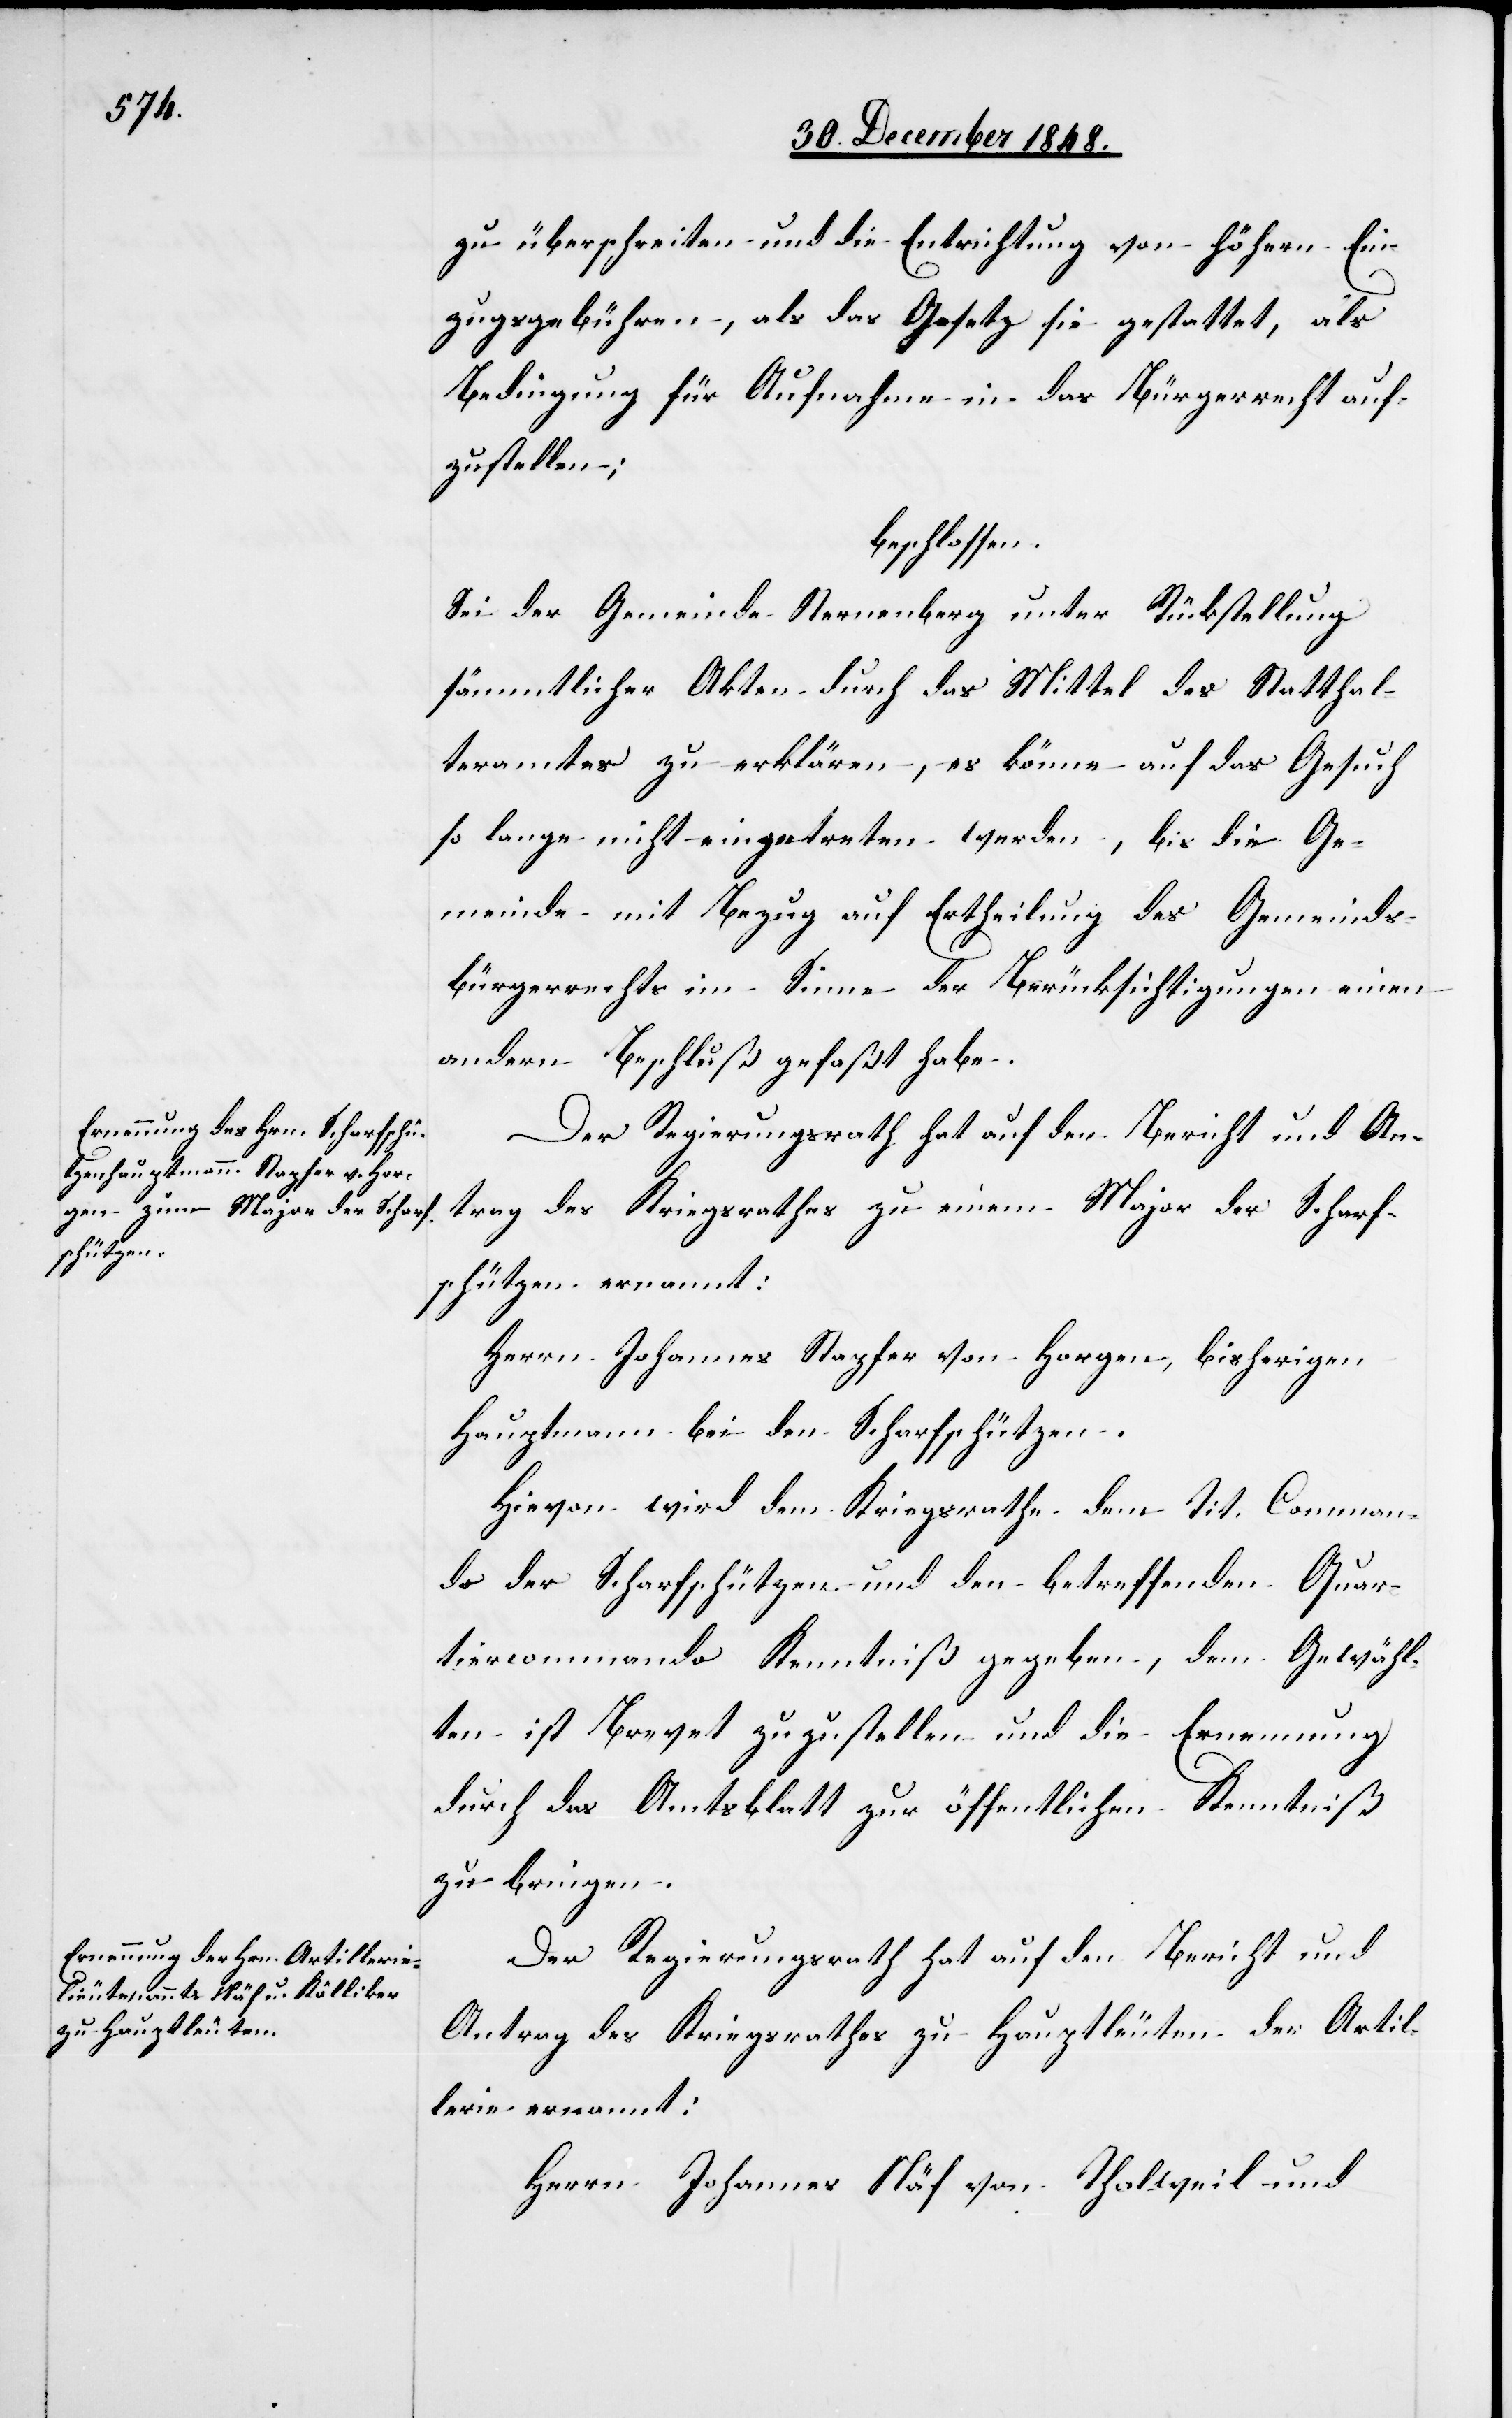
zu überschreiten und die Entrichtung von höhern Ein¬
zugsgebühren, als das Gesetz sie gestattet, als
Bedingung für Aufnahme in das Bürgerrecht auf¬
zustellen;
beschlossen:
Sei der Gemeinde Sternenberg unter Rückstellung
sämmtlicher Akten durch das Mittel des Statthal¬
teramtes zu erklären, es könne auf das Gesuch
so lange nicht eingetreten werden, bis die Ge¬
meinde mit Bezug auf Ertheilung des Gemeinds¬
bürgerrechts im Sinne der Berücksichtigungen einen
andern Beschluß gefaßt habe.
Der Regierungsrath hat auf den Bericht und An¬
trag des Kriegsrathes zu einem Major der Scharf¬
schützen ernannt:
Herrn Johannes Stapfer von Horgen, bisherigen
Hauptmann bei den Scharfschützen.
Hievon wird dem Kriegsrathe dem Tit. Comman¬
do der Scharfschützen und den betreffenden Quar¬
tiercommando Kenntniß gegeben, dem Gewähl¬
ten ist Brevet zuzustellen und die Ernennung
durch das Amtsblatt zur öffentlichen Kenntniß
zu bringen.
Der Regierungsrath hat auf den Bericht und
Antrag des Kriegsrathes zu Hauptleuten der Artil¬
lerie ernannt:
Herrn Johannes Näf von Thalweil und